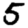
Digit: 5